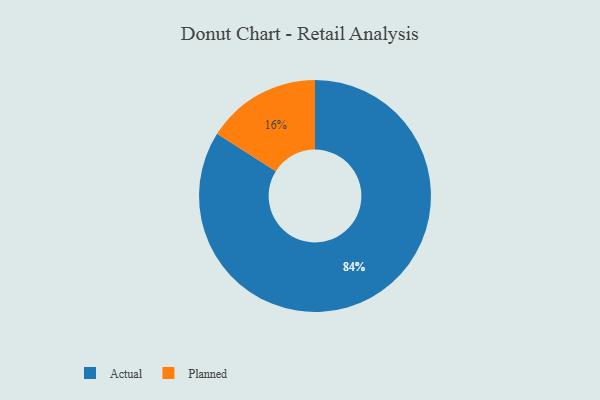
{"axis": {"x": "Category", "y": "Percentage"}, "legend": ["Actual", "Planned"], "data": [{"x": "Planned", "y": 16, "type": "Planned"}, {"x": "Actual", "y": 84, "type": "Actual"}]}